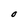
Character: O